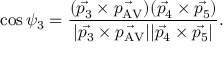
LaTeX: \cos \psi _ { 3 } = \frac { ( \vec { p _ { 3 } } \times \vec { p _ { \mathrm { A V } } } ) ( \vec { p _ { 4 } } \times \vec { p _ { 5 } } ) } { | \vec { p _ { 3 } } \times \vec { p _ { \mathrm { A V } } } | | \vec { p _ { 4 } } \times \vec { p _ { 5 } } | } .